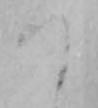
つ